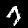
Digit: 7